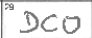
Transcription: DCO